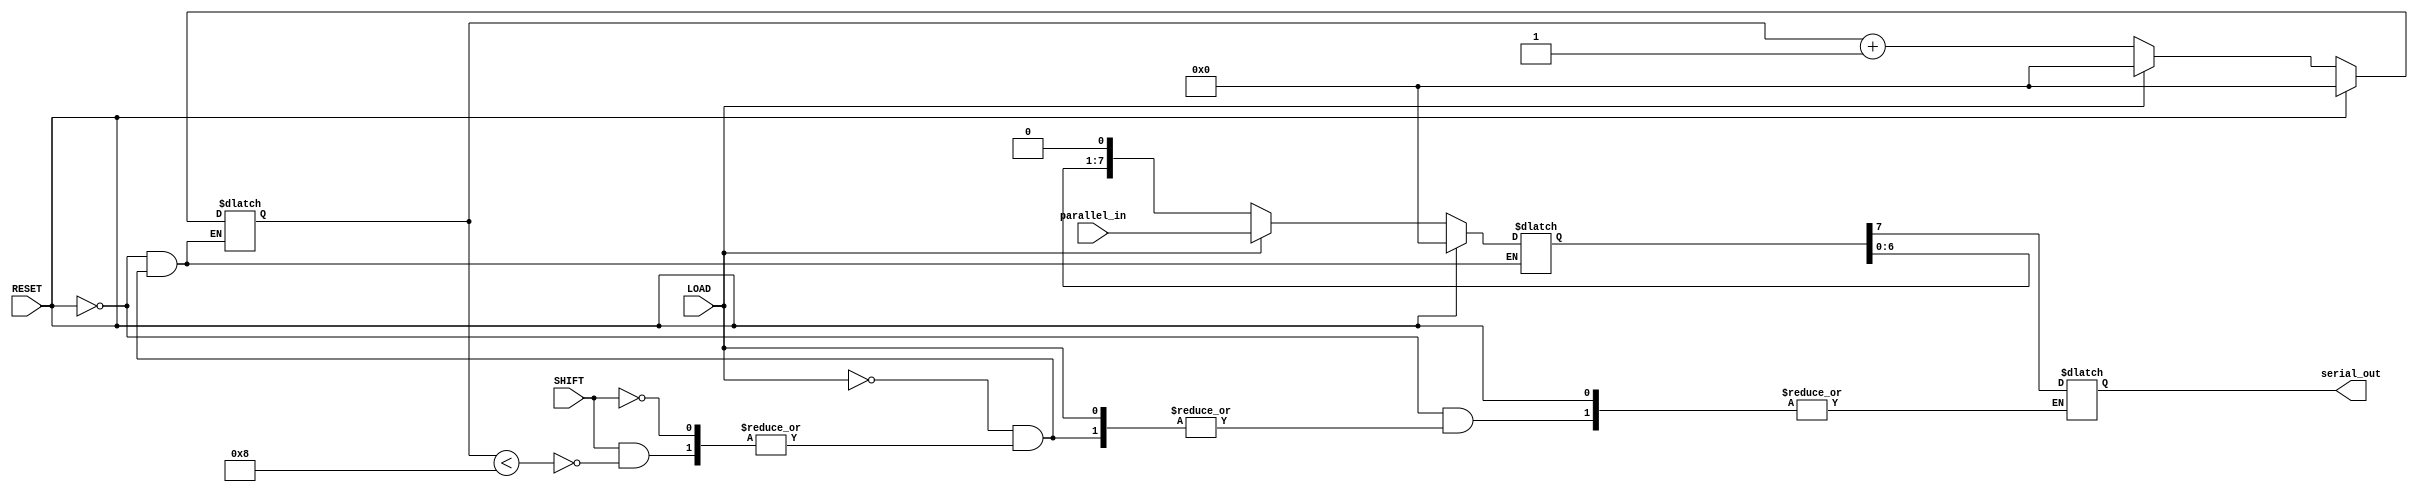
module PISO_Register #(
    parameter N = 8  // Parameter for the number of bits
)(
    input wire [N-1:0] parallel_in, // Parallel data input
    input wire LOAD,                 // Load signal
    input wire SHIFT,                // Shift signal
    input wire RESET,                // Asynchronous reset signal
    output reg serial_out            // Serial output
);

    reg [N-1:0] shift_reg;           // Shift register to hold the data
    reg [N-1:0] counter;             // Counter to track the number of shifts

    // Asynchronous reset and loading of parallel data
    always @(*) begin
        if (RESET) begin
            shift_reg <= {N{1'b0}};   // Clear the register on reset
            counter <= 0;             // Reset the counter
        end else if (LOAD) begin
            shift_reg <= parallel_in; // Load parallel data
            counter <= 0;             // Reset the counter on load
        end else if (SHIFT) begin
            if (counter < N) begin
                serial_out <= shift_reg[N-1]; // Output the MSB
                shift_reg <= {shift_reg[N-2:0], 1'b0}; // Shift left
                counter <= counter + 1; // Increment the shift counter
            end
        end
    end

endmodule